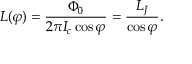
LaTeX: L ( \varphi ) = { \frac { \Phi _ { 0 } } { 2 \pi I _ { c } \cos \varphi } } = { \frac { L _ { J } } { \cos \varphi } } .